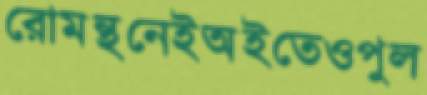
রোমন্থনেইঅইতেওপুল